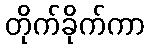
တိုက်ခိုက်ကာ